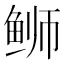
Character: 𫚕